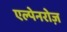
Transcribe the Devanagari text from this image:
एल्पेनरोज़